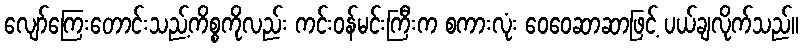
လျော်ကြေးတောင်းသည့်ကိစ္စကိုလည်း ကင်းဝန်မင်းကြီးက စကားလုံး ဝေဝေဆာဆာဖြင့် ပယ်ချလိုက်သည်။